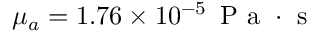
\mu _ { a } = 1 . 7 6 \times 1 0 ^ { - 5 } \, \mathrm { ~ P ~ a ~ } \cdot \mathrm { ~ s ~ }